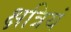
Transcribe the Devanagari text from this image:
क्षत्रियं